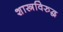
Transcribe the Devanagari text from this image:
शास्त्रविरुद्ध